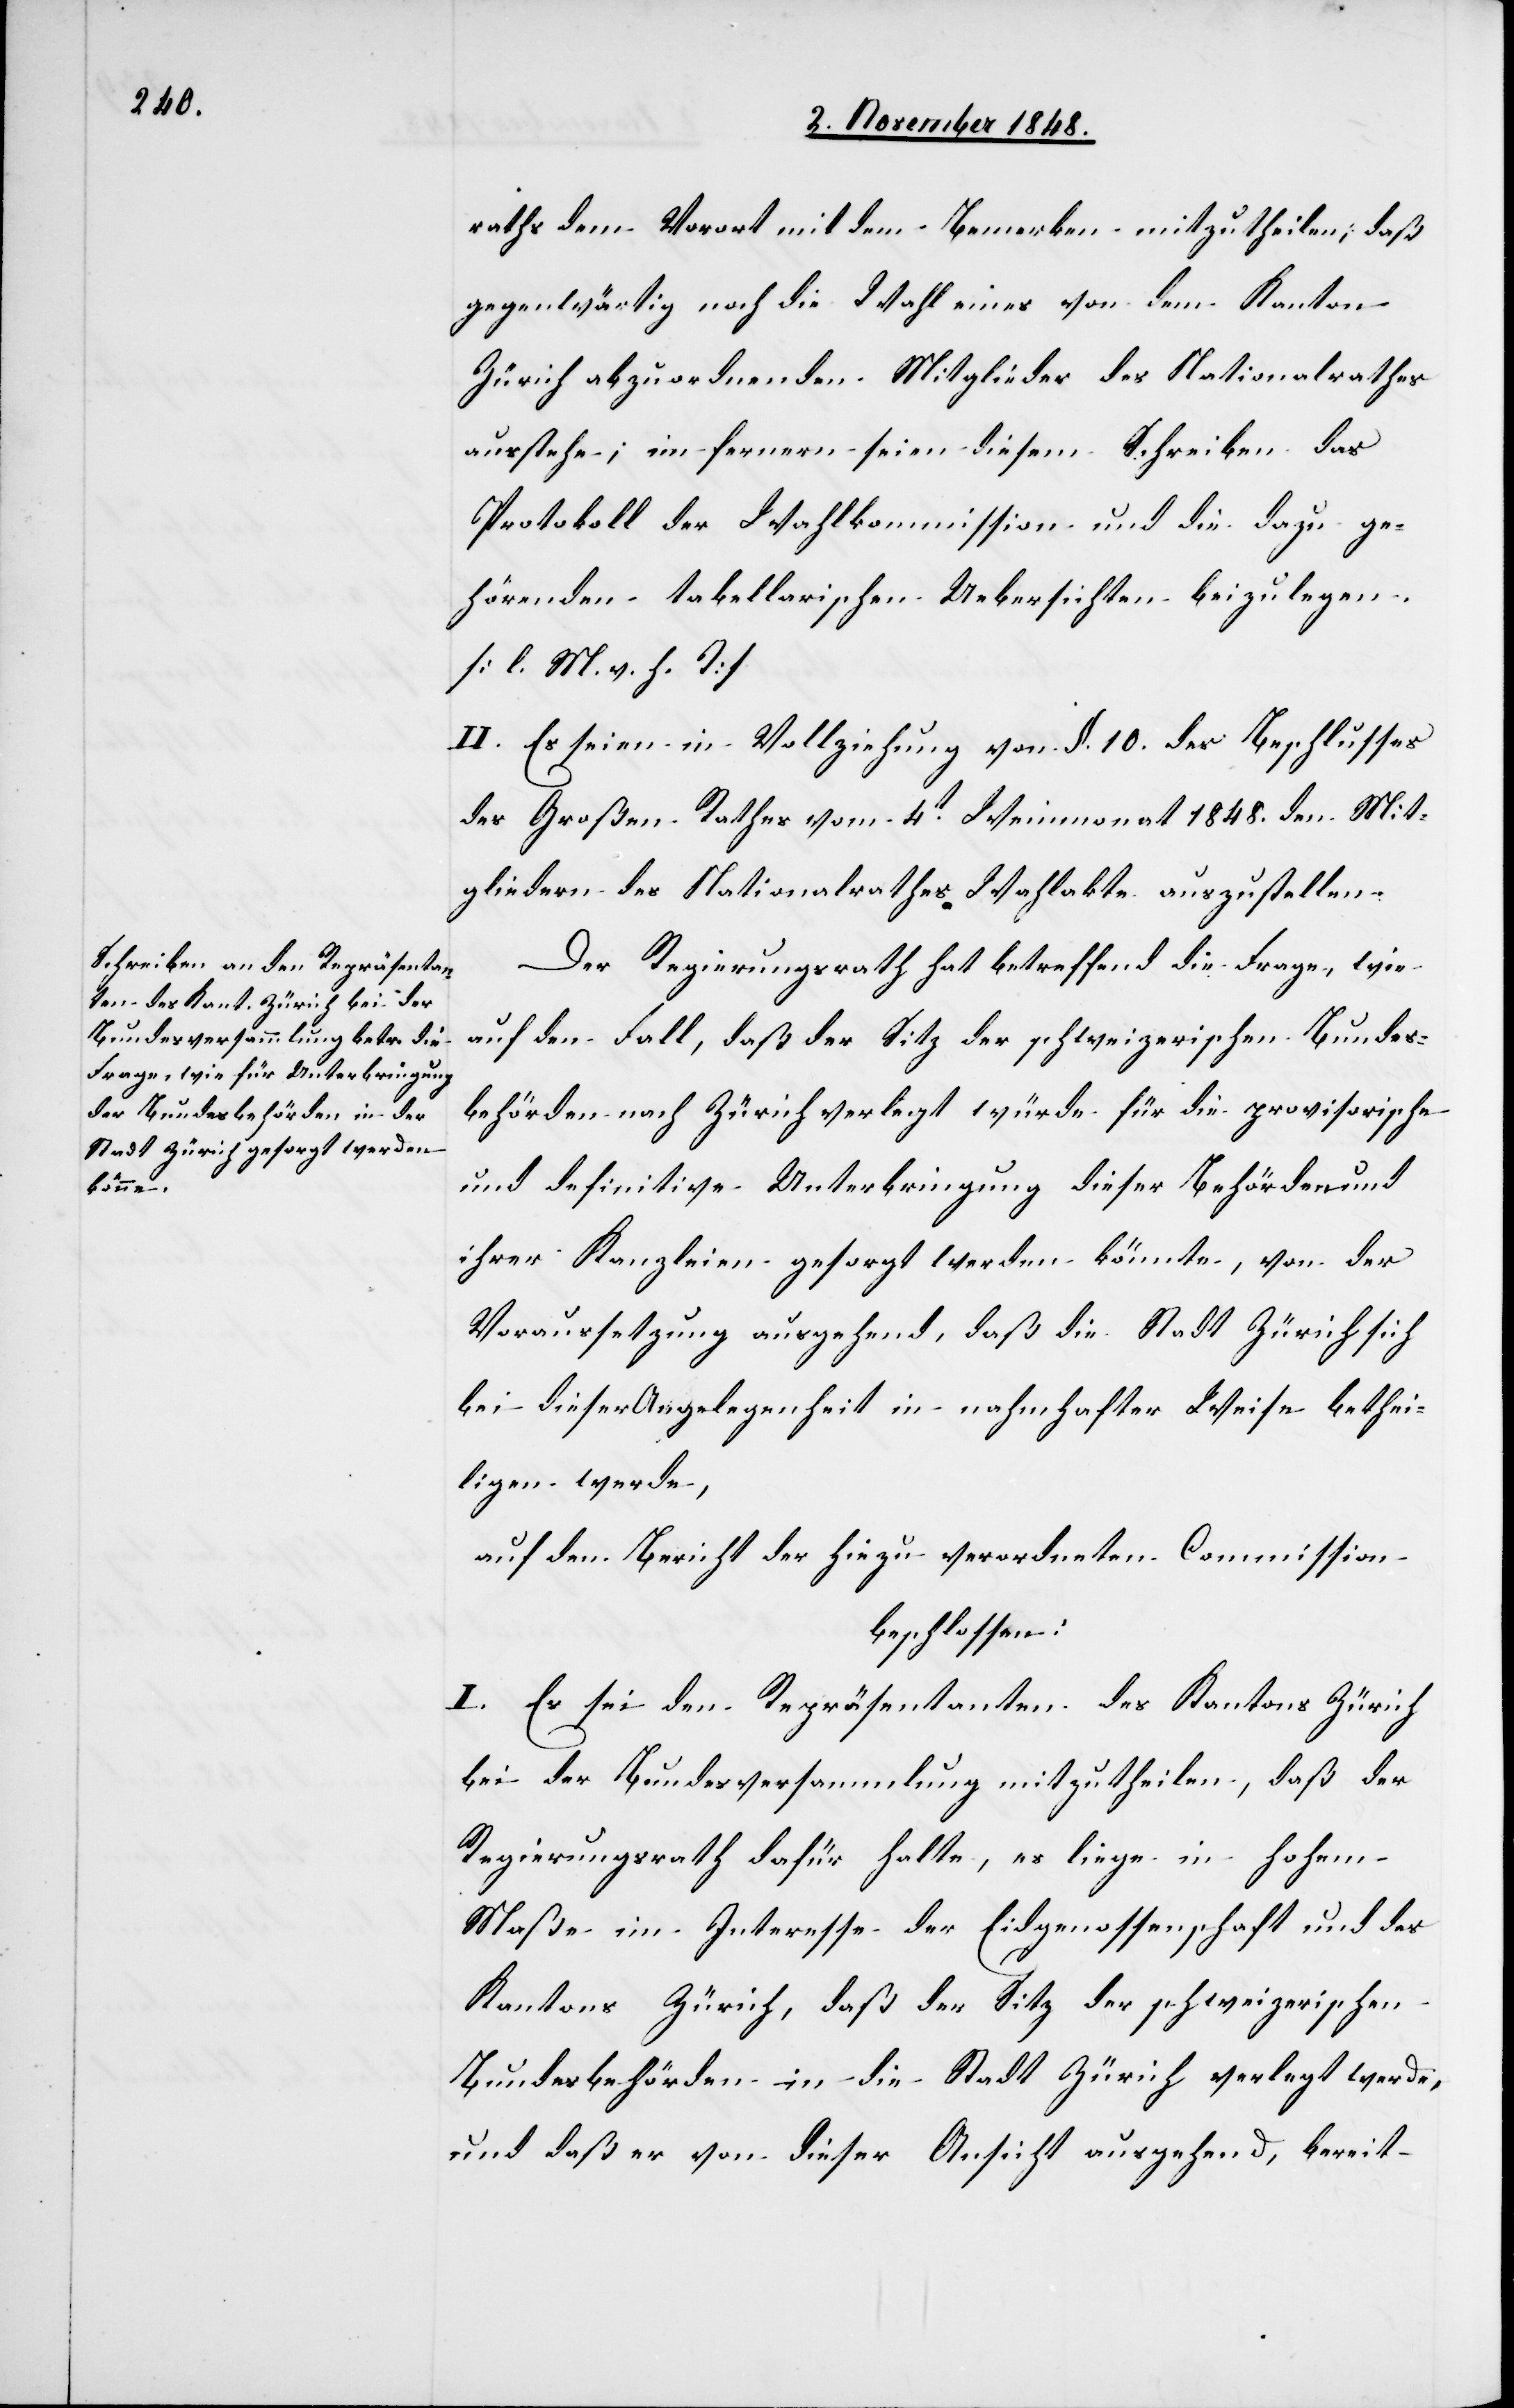
raths dem Vorort mit dem Bemerken mitzutheilen, daß
gegenwärtig noch die Wahl eines von dem Kanton
Zürich abzuordnenden Mitglieder des Nationalrathes
ausstehe; im fernern seien diesem Schreiben das
Protokoll der Wahlkommission und die dazu ge¬
hörenden tabellarischen Uebersichten beizulegen.
[l. M. v. h. T]
II. Es seien die Vollziehung von §. 10. des Beschlusses
des Großen Rathes vom 4t Weinmonat 1848. den Mit¬
gliedern des Nationalrathes Wahlakte auszustellen.
Der Regierungsrath hat betreffend die Frage, wie
auf den Fall, daß der Sitz der schweizerischen Bundes¬
behörden nach Zürich verlegt würde für die provisorische
und definitive Unterbringung dieser Behörden und
ihrer Kanzleien gesorgt werden könnte, von der
Voraussetzung ausgehend, daß die Stadt Zürich sich
bei dieser Angelegenheit in nahmhafter Weise bethei¬
ligen werde,
auf dem Bericht der hiezu verordneten Commission
beschlossen:
I. Es sei den Repräsentanten des Kantons Zürich
bei der Bundesversammlung mitzutheilen, daß der
Regierungsrath dafür halte, es liege in hohem
Maße im Interesse der Eidgenossenschaft und des
Kantons Zürich, daß der Sitz der schweizerischen
Bundesbehörden in die Stadt Zürich verlegt werde,
und daß er von dieser Ansicht ausgehend, bereit